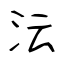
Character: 沄